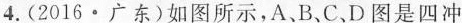
4.(2016·广东)如图所示，A、B、C、D图是四冲